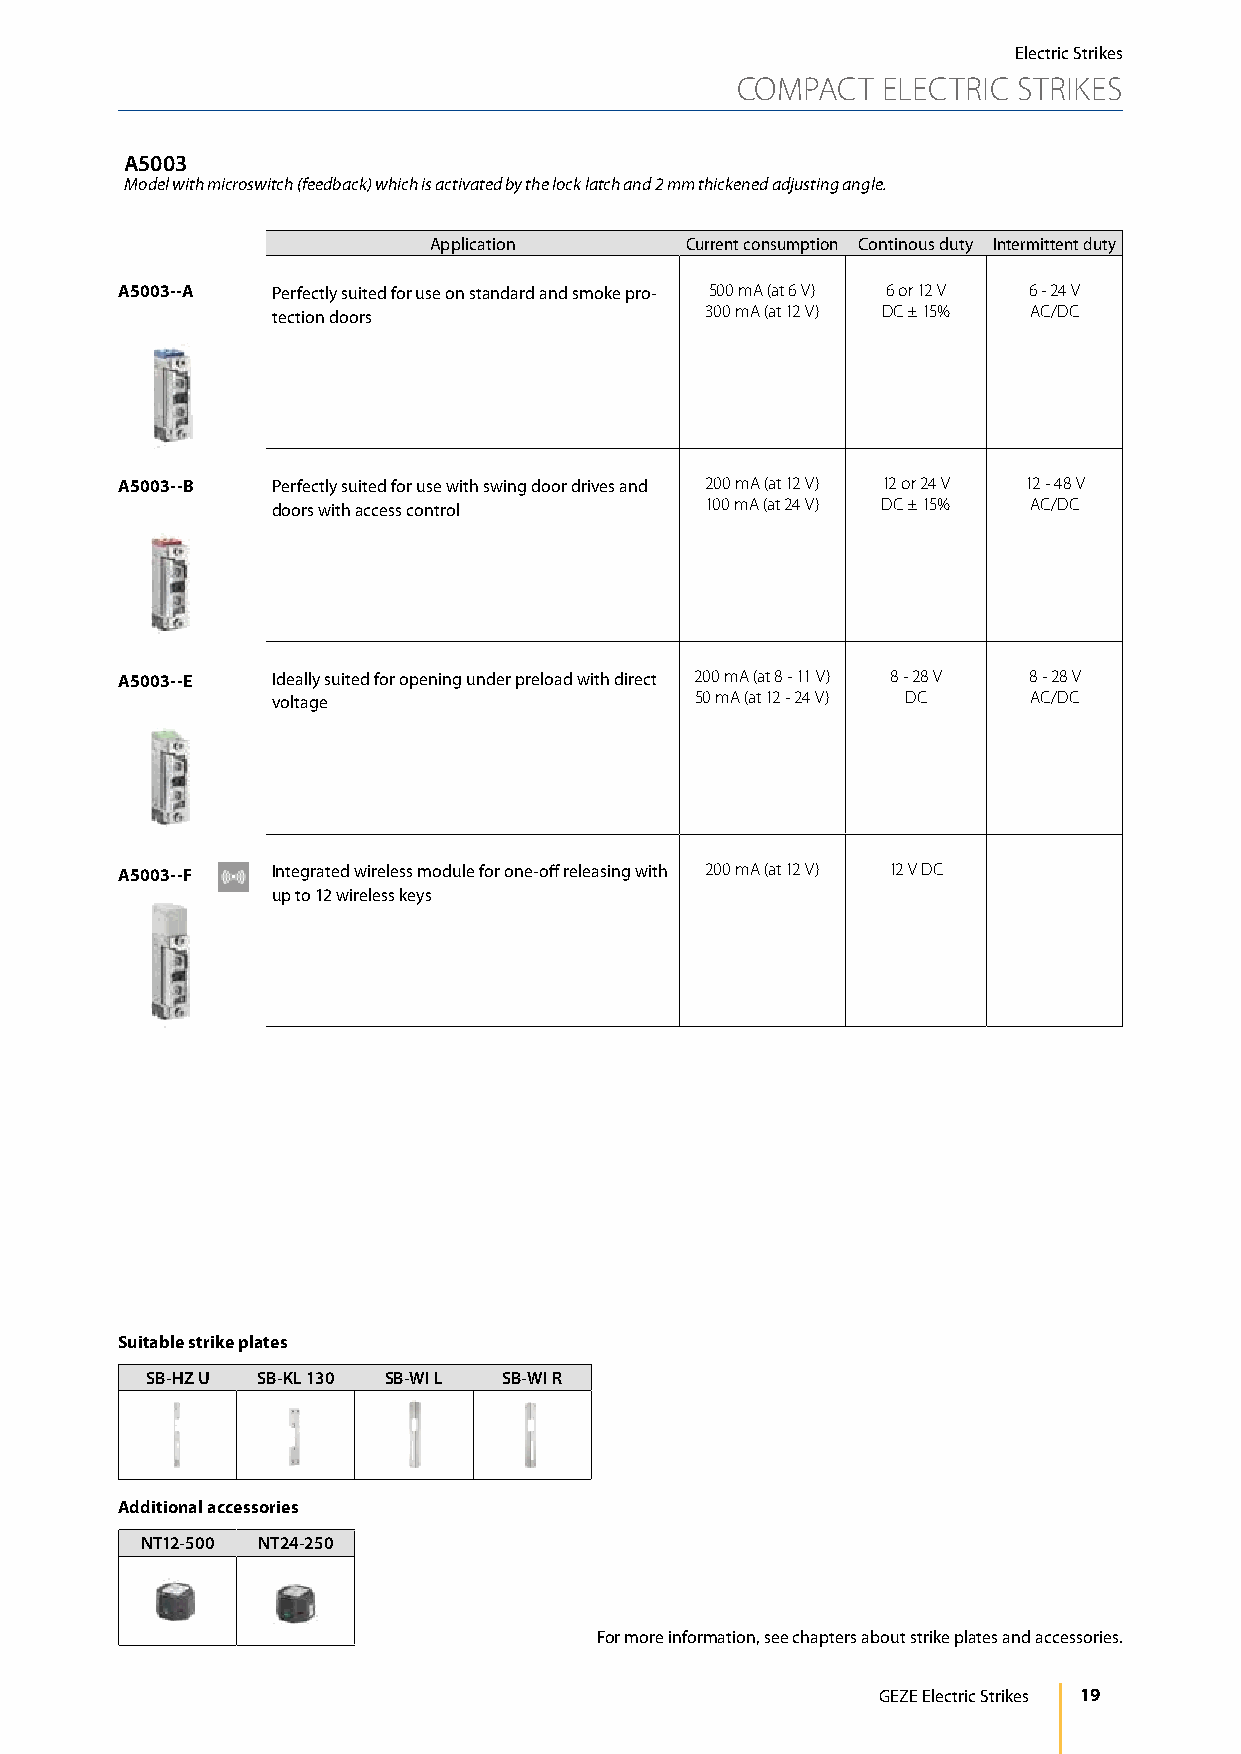
Electric Strikes
 COMPACT  ELECTRIC STRIKES
 A5003
 Model with microswitch (feedback) which is activated by the lock latch and 2 mm thickened adjusting angle.
 Application      Current consumption Continous duty Intermittent duty
 A5003--A  Perfectly suited for use on standard and smoke pro- 500 mA (at 6 V) 6 or 12 V 6 - 24 V
 tection doors                300 mA (at 12 V) DC ± 15% AC/DC
 A5003--B  Perfectly suited for use with swing door drives and 200 mA (at 12 V) 12 or 24 V 12 - 48 V
 doors with access control    100 mA (at 24 V) DC ± 15% AC/DC
 A5003--E  Ideally suited for opening under preload with direct 200 mA (at 8 - 11 V) 8 - 28 V 8 - 28 V
 voltage                     50 mA (at 12 - 24 V) DC AC/DC
 A5003--F  Integrated wireless module for one-off releasing with 200 mA (at 12 V) 12 V DC
 up to 12 wireless keys
 Suitable strike plates
 SB-HZ U SB-KL 130 SB-WI L SB-WI R
 Additional accessories
 NT12-500 NT24-250
 For more information, see chapters about strike plates and accessories.
 GEZE Electric Strikes 19